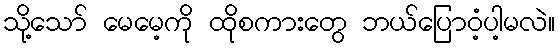
သို့သော် မေမေ့ကို ထိုစကားတွေ ဘယ်ပြောဝံ့ပါ့မလဲ။